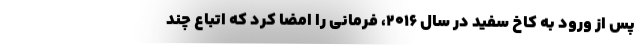
پس از ورود به کاخ سفید در سال ۲۰۱۶، فرمانی را امضا کرد که اتباع چند